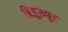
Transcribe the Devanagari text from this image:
बिजुलपुर